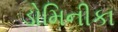
ડોમિનીકા